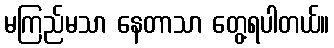
မကြည်မသာ နေတာသာ တွေ့ရပါတယ်။